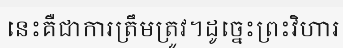
នេះគឺជាការត្រឹមត្រូវ។ដូច្នេះព្រះវិហារ